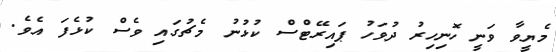
މެޔީވާ ވަނީ ހޮނިހިރު ދުވަހު ޕައިރޭޓްސް ކުޅުނު މެޗުގައި ވެސް ކުޅެފަ އެވެ.